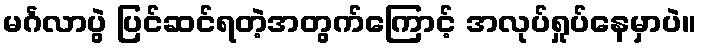
မင်္ဂလာပွဲ ပြင်ဆင်ရတဲ့အတွက်ကြောင့် အလုပ်ရှုပ်နေမှာပဲ။